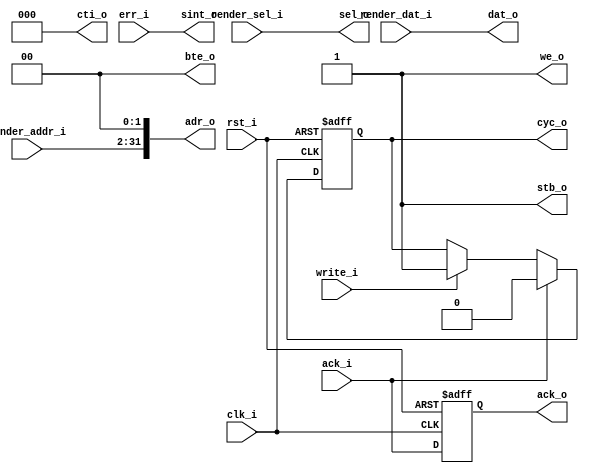
module gfx_wbm_write (clk_i, rst_i,
                      cyc_o, stb_o, cti_o, bte_o, we_o, adr_o, sel_o, ack_i, err_i, dat_o, sint_o,
                      write_i, ack_o,
                      render_addr_i, render_sel_i, render_dat_i);

  // wishbone signals
  input         clk_i;    // master clock input
  input         rst_i;    // Asynchronous active high reset
  output reg    cyc_o;    // cycle output
  output        stb_o;    // strobe ouput
  output [ 2:0] cti_o;    // cycle type id
  output [ 1:0] bte_o;    // burst type extension
  output        we_o;     // write enable output
  output [31:0] adr_o;    // address output
  output [ 3:0] sel_o;    // byte select outputs
  input         ack_i;    // wishbone cycle acknowledge
  input         err_i;    // wishbone cycle error
  output [31:0] dat_o;    // wishbone data out           /// TEMP reg ///

  output        sint_o;     // non recoverable error, interrupt host

  // Renderer stuff
  input         write_i;
  output reg    ack_o;

  input [31:2]  render_addr_i;
  input [ 3:0]  render_sel_i;
  input [31:0]  render_dat_i;

  //
  // module body
  //

  assign adr_o  = {render_addr_i, 2'b00};
  assign dat_o  = render_dat_i;
  assign sel_o  = render_sel_i;
  assign sint_o = err_i;
  // We only write, these can be constant
  assign we_o   = 1'b1;
  assign stb_o  = 1'b1;
  assign cti_o  = 3'b000;
  assign bte_o  = 2'b00;

  // Acknowledge when a command has completed
  always @(posedge clk_i or posedge rst_i)
  begin
    //  reset, init component
    if(rst_i)
    begin
      ack_o <= 1'b0;
      cyc_o <= 1'b0;
    end
    // Else, set outputs for next cycle
    else
    begin
      cyc_o <= ack_i   ? 1'b0 : // TODO: connect to pixel fifo rreq instead
               write_i ? 1'b1 :
               cyc_o;
      ack_o <= ack_i; // TODO: always set when fifo isn't full
    end
  end

endmodule